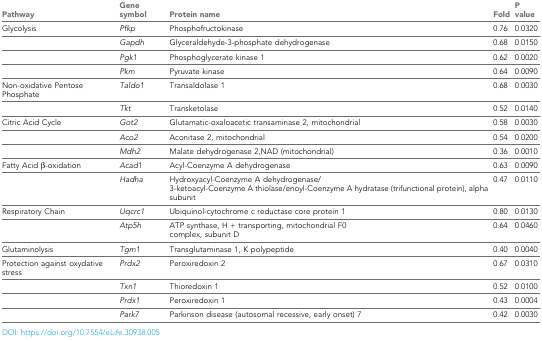
<table><thead><tr><td><b>Pathway</b></td><td><b>Gene symbol</b></td><td><b>Protein name</b></td><td><b>Fold</b></td><td><b>P value</b></td></tr></thead><tbody><tr><td>Glycolysis</td><td><i>Pfkp</i></td><td>Phosphofructokinase</td><td>0.76</td><td>0.0320</td></tr><tr><td></td><td><i>Gapdh</i></td><td>Glyceraldehyde-3-phosphate dehydrogenase</td><td>0.68</td><td>0.0150</td></tr><tr><td></td><td><i>Pgk1</i></td><td>Phosphoglycerate kinase 1</td><td>0.62</td><td>0.0020</td></tr><tr><td></td><td><i>Pkm</i></td><td>Pyruvate kinase</td><td>0.64</td><td>0.0090</td></tr><tr><td>Non-oxidative Pentose Phosphate</td><td><i>Taldo1</i></td><td>Transaldolase 1</td><td>0.68</td><td>0.0030</td></tr><tr><td></td><td><i>Tkt</i></td><td>Transketolase</td><td>0.52</td><td>0.0140</td></tr><tr><td>Citric Acid Cycle</td><td><i>Got2</i></td><td>Glutamatic-oxaloacetic transaminase 2, mitochondrial</td><td>0.58</td><td>0.0030</td></tr><tr><td></td><td><i>Aco2</i></td><td>Aconitase 2, mitochondrial</td><td>0.54</td><td>0.0200</td></tr><tr><td></td><td><i>Mdh2</i></td><td>Malate dehydrogenase 2,NAD (mitochondrial)</td><td>0.36</td><td>0.0010</td></tr><tr><td>Fatty Acid β-oxidation</td><td><i>Acad1</i></td><td>Acyl-Coenzyme A dehydrogenase</td><td>0.63</td><td>0.0090</td></tr><tr><td></td><td><i>Hadha</i></td><td>Hydroxyacyl-Coenzyme A dehydrogenase/ 3-ketoacyl-Coenzyme A thiolase/enoyl-Coenzyme A hydratase (trifunctional protein), alpha subunit</td><td>0.47</td><td>0.0110</td></tr><tr><td>Respiratory Chain</td><td><i>Uqcrc1</i></td><td>Ubiquinol-cytochrome c reductase core protein 1</td><td>0.80</td><td>0.0130</td></tr><tr><td></td><td><i>Atp5h</i></td><td>ATP synthase, H + transporting, mitochondrial F0 complex, subunit D</td><td>0.64</td><td>0.0460</td></tr><tr><td>Glutaminolysis</td><td><i>Tgm1</i></td><td>Transglutaminase 1, K polypeptide</td><td>0.40</td><td>0.0040</td></tr><tr><td>Protection against oxydative stress</td><td><i>Prdx2</i></td><td>Peroxiredoxin 2</td><td>0.67</td><td>0.0310</td></tr><tr><td></td><td><i>Txn1</i></td><td>Thioredoxin 1</td><td>0.52</td><td>0.0100</td></tr><tr><td></td><td><i>Prdx1</i></td><td>Peroxiredoxin 1</td><td>0.43</td><td>0.0004</td></tr><tr><td></td><td><i>Park7</i></td><td>Parkinson disease (autosomal recessive, early onset) 7</td><td>0.42</td><td>0.0030</td></tr></tbody></table>